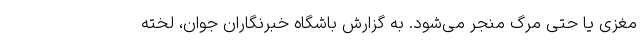
مغزی یا حتی مرگ منجر می‌شود. به گزارش باشگاه خبرنگاران جوان، لخته